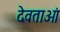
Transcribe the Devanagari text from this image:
देवताओं